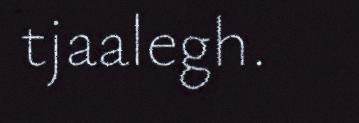
tjaalegh.